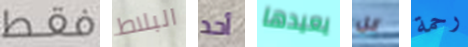
فقط البلاط أحد يعيدها كل رحمة